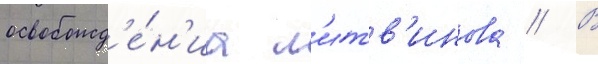
освобожд'е́н'иа л'итв'инова // В